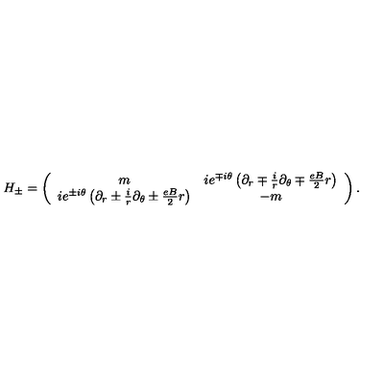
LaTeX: H _ { \pm } = \left( \begin{array} { c c } { m } & { i e ^ { \mp i \theta } \left( \partial _ { r } \mp \frac { i } { r } \partial _ { \theta } \mp \frac { e B } { 2 } r \right) } \\ { i e ^ { \pm i \theta } \left( \partial _ { r } \pm \frac { i } { r } \partial _ { \theta } \pm \frac { e B } { 2 } r \right) } & { - m } \\ \end{array} \right) .